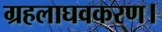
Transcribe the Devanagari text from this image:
ग्रहलाघवकरण।